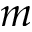
m